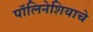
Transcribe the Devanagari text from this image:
पॉलिनेशियाचे